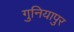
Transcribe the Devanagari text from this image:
गुनियापुर